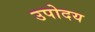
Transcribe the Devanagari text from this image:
उपोदय